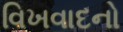
વિખવાદનો